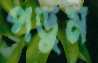
পড়ুম